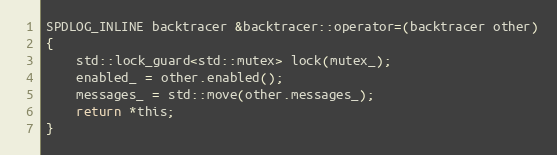
Language: C
SPDLOG_INLINE backtracer &backtracer::operator=(backtracer other)
{
    std::lock_guard<std::mutex> lock(mutex_);
    enabled_ = other.enabled();
    messages_ = std::move(other.messages_);
    return *this;
}